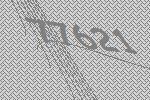
77621